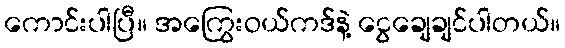
ကောင်းပါပြီ။ အကြွေးဝယ်ကဒ်နဲ့ ငွေချေချင်ပါတယ်။